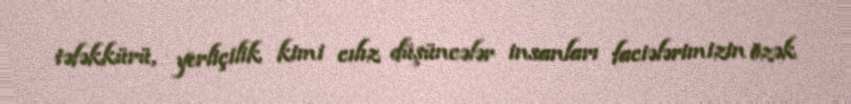
təfəkkürü, yerliçilik kimi cılız düşüncələr insanları faciələrimizin özək